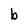
Character: b